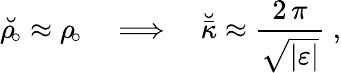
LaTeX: \breve{\rho_{\! \circ}}\approx\rho_{\! \circ}\quad\Longrightarrow\quad\breve{\bar{\kappa}}\approx\frac{2\, \pi}{\sqrt{\left|\varepsilon\right|}}\; ,